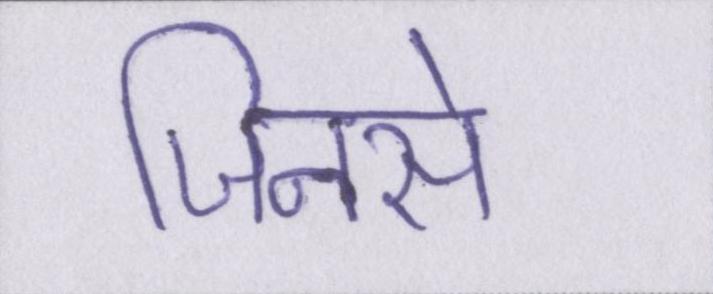
जिनसे